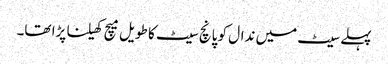
پہلے سیٹ میں ندال کو پانچ سیٹ کا طویل میچ کھیلنا پڑا تھا۔